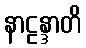
နာဠန္ဒာတိ